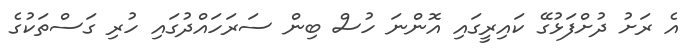
އެ ރަށު ދުށްފަޅުގޭ ކައިރީގައި އޮންނަ ހުސް ބިން ސަރަހައްދުގައި ހުރި ގަސްތަކުގެ